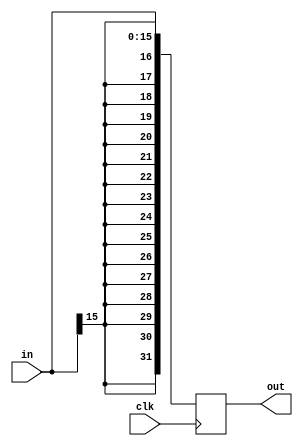
module sign_extender(clk, in, out);

input wire clk;
input wire [15:0] in;

output reg [31:0] out;

// Sign extending using nested concatenations and replication operator
always@(posedge clk)
    begin
        out <= {{16{in[15]}}, in[15:0]};
    end
	
endmodule